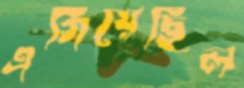
এগিয়েছিল